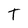
Character: T